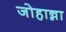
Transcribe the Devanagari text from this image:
जोहान्ना